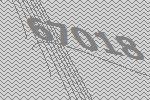
67018